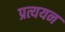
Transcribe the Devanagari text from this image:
प्रत्ययन